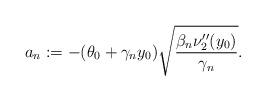
LaTeX: \begin{align*}a_n :=-(\theta_0 +\gamma_n y_0)\sqrt{ \frac{\beta_n\nu_2''(y_0) }{\gamma_n}} .\end{align*}